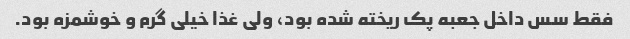
فقط سس داخل جعبه پک ریخته شده بود، ولی غذا خیلی گرم و خوشمزه بود.